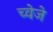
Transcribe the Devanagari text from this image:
च्वेजे